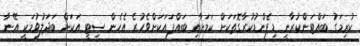
ކުރިމަގު ބައްޓަންކުރާނީ ޑިޕެންޑުކުރާގޮތަކަށް ކަމަށާއި ބައްޕައަކަށްވެހުރެ އެހެން ސިޓީ އަކަށް ބަދަލުވުމަކީ އޭނާ